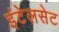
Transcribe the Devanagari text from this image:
इंटेलसेट